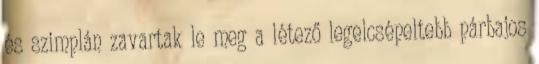
és szimplán zavartak le meg a létező legelcsépeltebb párbajos